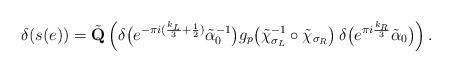
LaTeX: \begin{align*} \delta(s(e)) = \tilde{\mathbf{Q}} \left( \delta\big( e^{-\pi i( \frac{k_L}{3} + \frac{1}{2} )}\tilde{\alpha}_0^{-1} \big) g_p\!\left( \tilde{\chi}_{\sigma_L}^{-1} \circ \tilde{\chi}_{\sigma_R}\right) \delta\big( e^{\pi i \frac{k_R}{3}}\tilde{\alpha}_0 \big) \right). \end{align*}